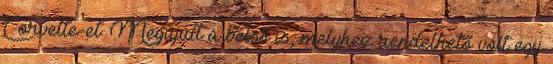
Corvette-et. Megújult a belső is, melyhez rendelhető volt egy